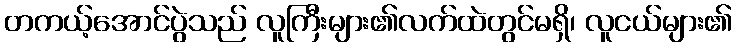
တကယ့်အောင်ပွဲသည် လူကြီးများ၏လက်ထဲတွင်မရှိ၊ လူငယ်များ၏